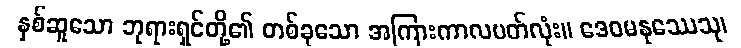
နှစ်ဆူသော ဘုရားရှင်တို့၏ တစ်ခုသော အကြားကာလပတ်လုံး။ ဒေဝမနုဿေသု၊